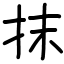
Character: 抹